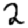
Digit: 2